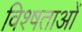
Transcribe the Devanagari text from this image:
विश्षताओं